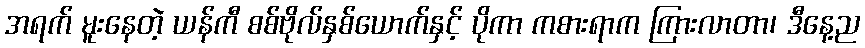
အရက် မူးနေတဲ့ ယန်ကီ စစ်ဗိုလ်နှစ်ယောက်နှင့် ပိုကာ ကစားရာက ကြားလာတာ၊ ဒီနေ့ည